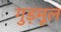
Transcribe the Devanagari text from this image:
गुड़मूल